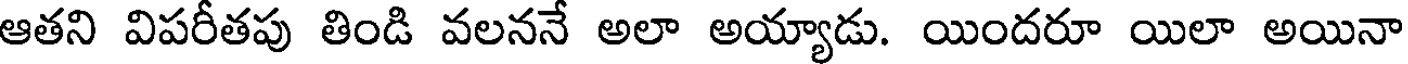
ఆతని విపరీతపు తిండి వలననే అలా అయ్యాడు. యిందరూ యిలా అయినా